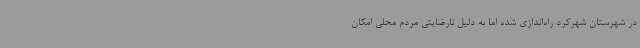
در شهرستان شهرکرد راه‌اندازی شده اما به دلیل نارضایتی مردم محلی امکان